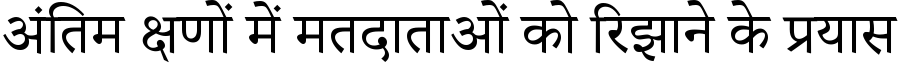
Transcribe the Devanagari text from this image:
अंतिम क्षणों में मतदाताओं को रिझाने के प्रयास